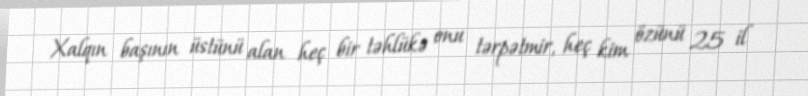
Xalqın başının üstünü alan heç bir təhlükə onu tərpətmir, heç kim özünü 25 il